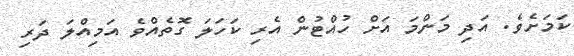
ކަމަށެވެ. އަދި މަންމަ އަށް ހުއްޓުން އެރި ކަހަލަ ގޮތެއްވެ އަމިއްލަ ދަރި